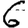
Digit: 6